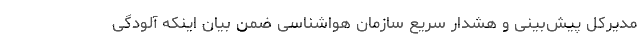
مدیرکل پیش‌بینی و هشدار سریع سازمان هواشناسی ضمن بیان اینکه آلودگی